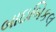
બાઇબિકલ